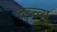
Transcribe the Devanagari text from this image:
दब्ल्यू